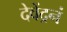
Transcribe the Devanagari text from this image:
देवेंद्रनं